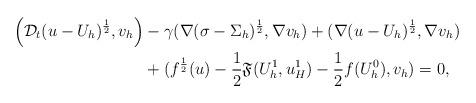
LaTeX: \begin{align*}\Big{(}\mathcal{D}_t(u-U_h)^{\frac12},v_h\Big{)}&-\gamma(\nabla (\sigma-\Sigma_h)^{\frac12},\nabla v_h)+(\nabla (u-U_h)^{\frac12},\nabla v_h)\\&+(f^{\frac12}(u)-\frac12\mathfrak{F}(U_{h}^{1},u_{H}^{1})-\frac12 f(U_{h}^{0}),v_h)=0,\end{align*}